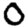
Digit: 0